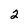
Character: 2